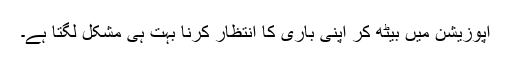
اپوزیشن میں بیٹھ کر اپنی باری کا انتظار کرنا بہت ہی مشکل لگتا ہے۔